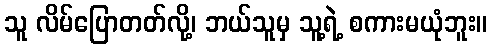
သူ လိမ်ပြောတတ်လို့၊ ဘယ်သူမှ သူ့ရဲ့ စကားမယုံဘူး။